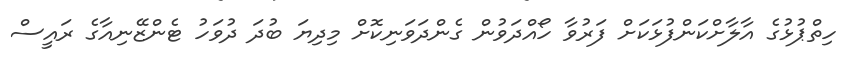
ހިތްޕުޅުގެ އާލާށްކަންފުޅަކަށް ފަރުވާ ހޯއްދަވުން ގެންދަވަނިކޮށް މިދިޔަ ބުދަ ދުވަހު ޓެންޒޭނިއާގެ ރައީސް